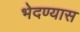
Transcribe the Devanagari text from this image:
भेदण्यास